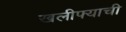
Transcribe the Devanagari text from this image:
खलीफ्याची